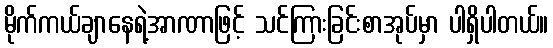
မိုက်ကယ်ချာနေရဲ့အာဏာဖြင့် သင်ကြားခြင်းစာအုပ်မှာ ပါရှိပါတယ်။